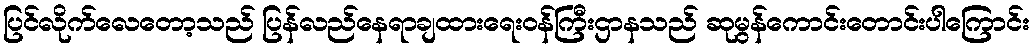
ပြင်လိုက်လေတော့သည် ပြန်လည်နေရာချထားရေးဝန်ကြီးဌာနသည် ဆုမွန်ကောင်းတောင်းပါကြောင်း